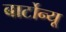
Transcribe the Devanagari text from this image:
बार्टोन्यू